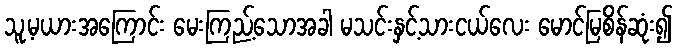
သူ့မယားအကြောင်း မေးကြည့်သောအခါ မသင်းနှင့်သားငယ်လေး မောင်မြစိန်ဆုံး၍